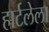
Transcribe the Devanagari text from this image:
हार्टलेला